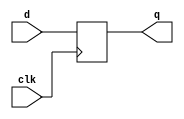
`timescale 1ns / 1ps
//////////////////////////////////////////////////////////////////////////////////
// Company: 
// Engineer: 
// 
// Design Name: 
// Module Name: SISO
// Project Name: 
// Target Devices: 
// Tool Versions: 
// Description: 
// 
// Dependencies: 
// 
// Revision:
// Revision 0.01 - File Created
// Additional Comments:
// 
//////////////////////////////////////////////////////////////////////////////////


module dff(d,clk,q);
    input d,clk;
    output q;
    reg q=0;
    always @ (posedge clk)
    begin
    q<=d;
end
endmodule 

module SISO(d, clk, q);
    input d,clk;
    output q;
    wire q1,q2,q3;
    dff a(d, clk, q1);
    dff b(q1, clk, q2);
    dff c(q2, clk, q3);
    dff d1(q3, clk, q);
endmodule